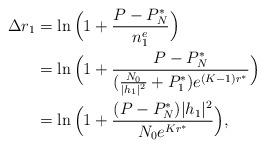
LaTeX: \begin{align*} \begin{aligned}\Delta r_1&=\ln \Big(1+\frac{P-P_N^*}{n_1^e}\Big)\\ &=\ln \Big(1+\frac{P-P_N^*}{(\frac{N_0}{|h_1|^2}+P_1^*)e^{(K-1)r^*}}\Big)\\ &=\ln \Big(1+\frac{(P-P_N^*)|h_1|^2}{ N_0 e^{Kr^*}}\Big),\end{aligned}\end{align*}